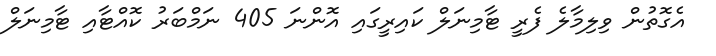
އެގޮތުން ވިލިމާލެ ފެރީ ޓާމިނަލް ކައިރީގައި އޮންނަ 405 ނަމްބަރު ކޮއްޓާއި ޓާމިނަލް